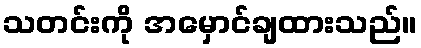
သတင်းကို အမှောင်ချထားသည်။